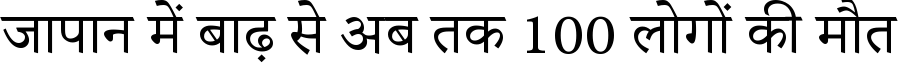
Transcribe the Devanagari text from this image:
जापान में बाढ़ से अब तक 100 लोगों की मौत